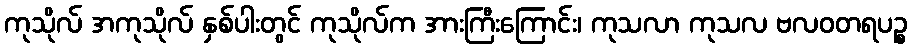
ကုသိုလ် အကုသိုလ် နှစ်ပါးတွင် ကုသိုလ်က အားကြီးကြောင်း၊ ကုသလာ ကုသလ ဗလဝတရပဉ္စ